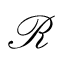
\mathcal { R }